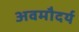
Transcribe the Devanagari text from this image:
अवमौदर्य